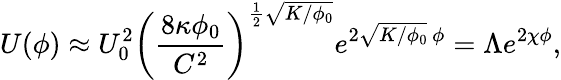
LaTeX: U(\phi)\approx U_{0}^{2}\left(\frac{8\kappa\phi_{0}}{C^{2}}\right)^{\frac 12\sqrt{K/\phi_{0}}}e^{2\sqrt{K/\phi_{0}}\, \phi}=\Lambda e^{2\chi\phi},